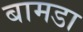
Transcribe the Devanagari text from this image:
बामडा